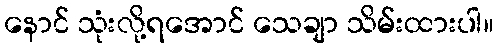
နောင် သုံးလို့ရအောင် သေချာ သိမ်းထားပါ။